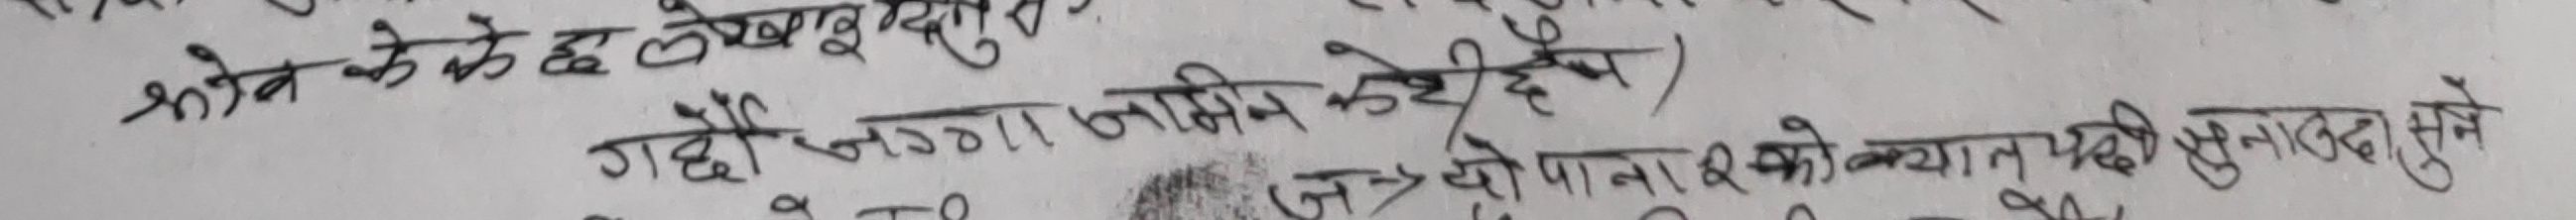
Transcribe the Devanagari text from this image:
षोव के छे लेख्न सुरु?
गर्दै जग्गा जमिन केही छै)
ज-> यो पाना २ को कथन पछी सुनाउद सुन्ने